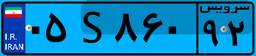
۷۵S۱۲۱۴۴